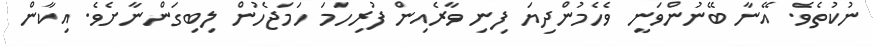
ނުކުތެވެ. އޭނާ ބޭނުންވަނީ ވެހެމުންދިޔަ ފިނި ވާރެއިން ފުރިހަމަ ހަމަޖެހުން ލިބިގަންނާށެވެ. އިކާން